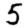
Digit: 5